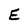
Character: E